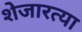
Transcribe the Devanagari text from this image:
शेजारत्या